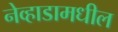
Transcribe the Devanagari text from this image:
नेव्हाडामधील